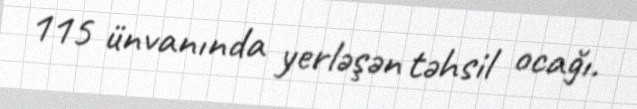
115 ünvanında yerləşən təhsil ocağı.